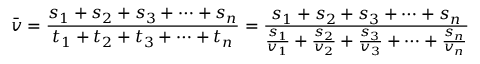
{ \bar { v } } = { \frac { s _ { 1 } + s _ { 2 } + s _ { 3 } + \dots + s _ { n } } { t _ { 1 } + t _ { 2 } + t _ { 3 } + \dots + t _ { n } } } = { \frac { s _ { 1 } + s _ { 2 } + s _ { 3 } + \dots + s _ { n } } { { \frac { s _ { 1 } } { v _ { 1 } } } + { \frac { s _ { 2 } } { v _ { 2 } } } + { \frac { s _ { 3 } } { v _ { 3 } } } + \dots + { \frac { s _ { n } } { v _ { n } } } } }